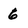
Character: 6